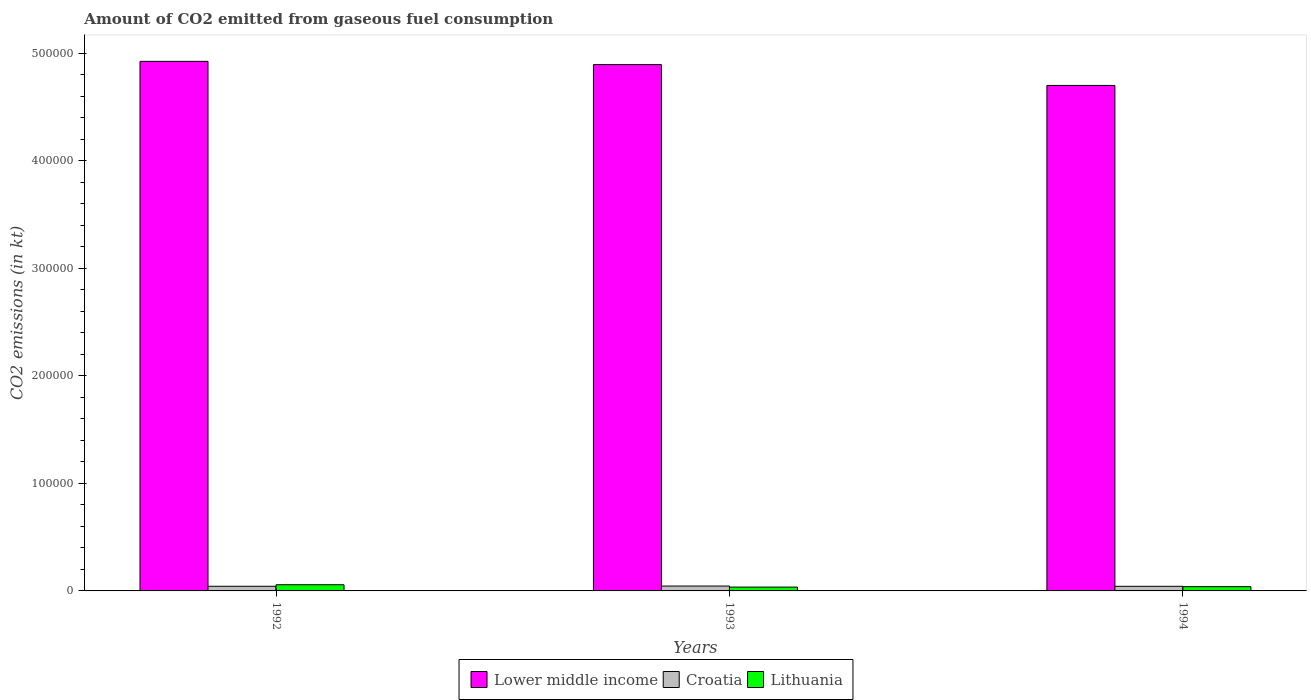
| Years | Lower middle income | Croatia | Lithuania |
 | --- | --- | --- | --- |
 | 1992 | 4.93e+05 | 4.32e+03 | 5.75e+03 |
 | 1993 | 4.9e+05 | 4.55e+03 | 3.57e+03 |
 | 1994 | 4.7e+05 | 4.29e+03 | 3.96e+03 |